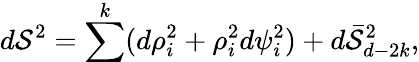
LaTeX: d\mathcal{S}^{2}=\sum^{k}(d\rho_{i}^{2}+\rho_{i}^{2}d\psi_{i}^{2})+d\bar{{\mathcal{S}}}_{d-2k}^{2},